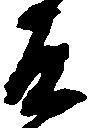
道